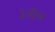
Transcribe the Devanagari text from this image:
रेजेंट्स